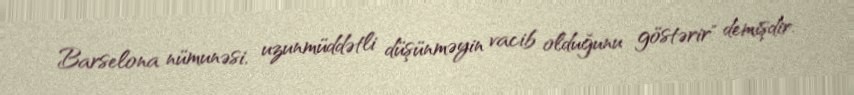
Barselona nümunəsi, uzunmüddətli düşünməyin vacib olduğunu göstərir" demişdir.